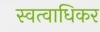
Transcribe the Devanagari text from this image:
स्वत्वाधिकर